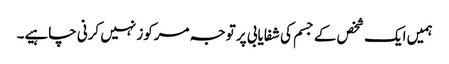
ہمیں ایک شخص کے جسم کی شفایابی پر توجہ مرکوز نہیں کرنی چاہیے۔